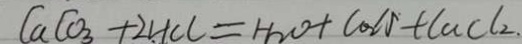
C a C O _ { 3 } + 2 H C l = H _ { 2 } O + C O _ { 2 } \uparrow + C a C l _ { 2 } .